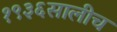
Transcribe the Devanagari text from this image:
१९३६सालीच